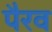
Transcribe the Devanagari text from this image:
पैरव